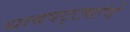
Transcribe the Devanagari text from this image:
धावपट्ट्यांचे